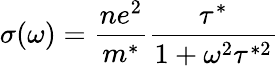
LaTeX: \sigma(\omega)={\frac{ne^{2}}{m^{*}}}{\frac{\tau^{*}}{1+\omega^{2}\tau^{*2}}}